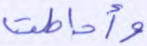
وأحاطت